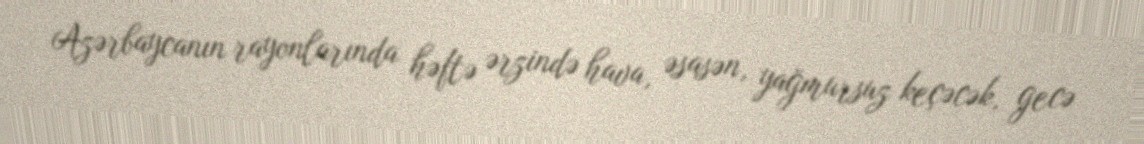
Azərbaycanın rayonlarında həftə ərzində hava, əsasən, yağmursuz keçəcək, gecə